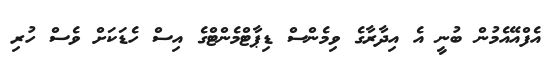
އެފްއޭއެމުން ބުނީ އެ އިދާރާގެ ވިމެންސް ޑިޕާޓްމެންޓްގެ އިސް ހެޑަކަށް ވެސް ހުރި